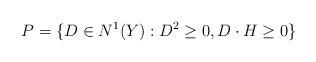
LaTeX: \begin{align*}P = \{ D \in N^1(Y) : D^2 \geq 0, D \cdot H \geq 0\}\end{align*}